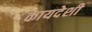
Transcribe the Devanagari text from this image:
कायदेशी